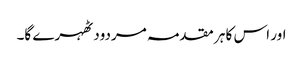
اور اس کا ہر مقدمہ مردود ٹھہرے گا۔